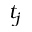
t _ { j }